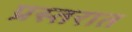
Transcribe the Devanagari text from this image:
प्रस्तरात